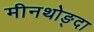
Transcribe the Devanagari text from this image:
मीनथोङ्दा